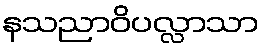
နသညာဝိပလ္လာသာ